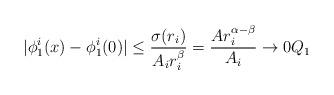
LaTeX: \begin{align*}|\phi^i_1(x)-\phi^i_1(0)|\leq \frac{\sigma(r_i)}{A_ir_i^{\beta}} = \frac{A r_i^{\alpha -\beta}}{ A_i}\rightarrow 0 Q_1\end{align*}